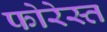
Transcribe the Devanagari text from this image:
फोरेस्त